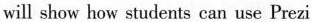
will show how students can use Prezi